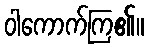
ဝါကောက်ကြ၏။